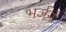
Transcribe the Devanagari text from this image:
भर्जनं